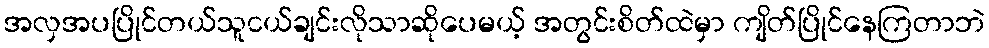
အလှအပပြိုင်တယ်သူငယ်ချင်းလိုသာဆိုပေမယ့် အတွင်းစိတ်ထဲမှာ ကျိတ်ပြိုင်နေကြတာဘဲ